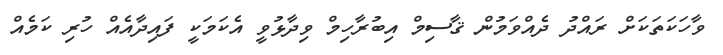
ވާހަކަތަކަށް ރައްދު ދެއްވަމުން ޤާސިމް އިބުރާހިމް ވިދާޅުވީ އެކަމަކީ ފައިދާއެއް ހުރި ކަމެއް